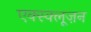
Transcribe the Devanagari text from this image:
एक्स्क्लूज़न